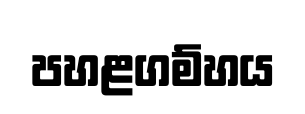
පහළගම්හය